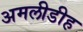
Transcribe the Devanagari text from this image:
अमलीडीह